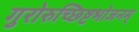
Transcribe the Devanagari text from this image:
गुरोरुच्छिष्टभोजनम्